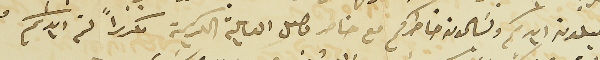
يقبلون ايديكم ويسَلمون خاطركم مع خاطر فضل العايلة الكريمة مكرراً لثم ايديكم